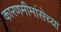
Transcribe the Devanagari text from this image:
कारणमीमांसेच्या